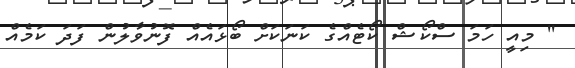
'' މިއީ ހަމަ ސްކޯޝް ކޯޓެއްގެ ކަނަކަށް ބޯޅައެއް ފޮނުވާލުން ފަދަ ކަމެއް